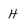
Character: H